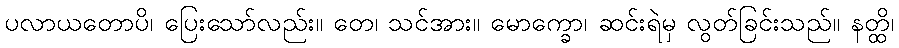
ပလာယတောပိ၊ ပြေးသော်လည်း။ တေ၊ သင်အား။ မောက္ခော၊ ဆင်းရဲမှ လွတ်ခြင်းသည်။ နတ္ထိ၊